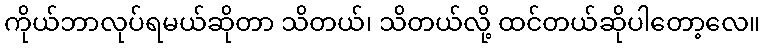
ကိုယ်ဘာလုပ်ရမယ်ဆိုတာ သိတယ်၊ သိတယ်လို့ ထင်တယ်ဆိုပါတော့လေ။